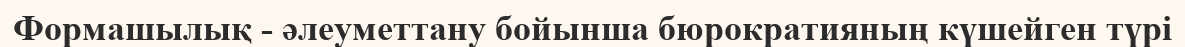
Формашылық - әлеуметтану бойынша бюрократияның күшейген түрі